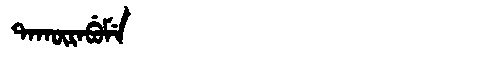
Manchu: ᡨᠠᡴᡡᡵᠠᠪᡠᠮᡝ
Romanization: TAKŪRABUME